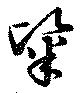
粢